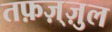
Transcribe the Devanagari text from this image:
तफ़ज़्ज़ुल